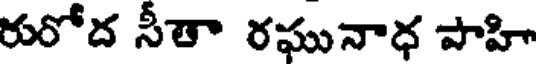
రురోద సీతా రఘునాధ పాహి